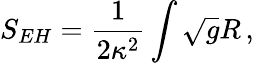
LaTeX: S_{EH}=\frac{1}{2\kappa^{2}}\int\sqrt{g}R\, ,